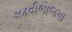
ગઢવીભાજપા